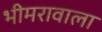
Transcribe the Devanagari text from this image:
भीमरावाला